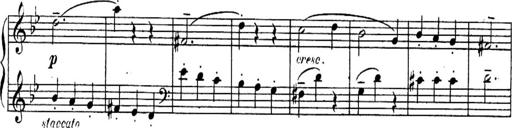
Title: Sonatines
Composer: Hedwige ChrÃ©tien